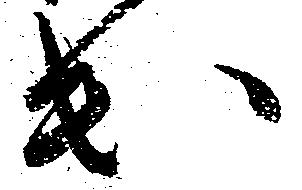
出